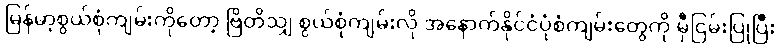
မြန်မာ့စွယ်စုံကျမ်းကိုတော့ ဗြိတိသျှ စွယ်စုံကျမ်းလို အနောက်နိုင်ငံပုံစံကျမ်းတွေကို မှီငြမ်းပြုပြီး